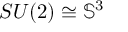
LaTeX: S U ( 2 ) \cong \mathbb { S } ^ { 3 }